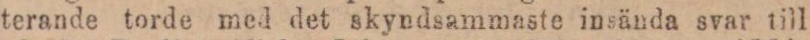
terande torde med det skyndsammaste insända svar till